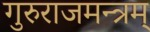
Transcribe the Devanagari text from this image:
गुरुराजमन्त्रम्